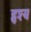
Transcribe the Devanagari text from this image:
हृश्य